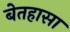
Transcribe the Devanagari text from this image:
बेतहासा